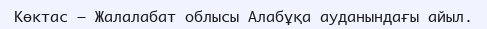
Көктас – Жалалабат облысы Алабұқа ауданындағы айыл.